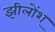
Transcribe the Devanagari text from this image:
झीलोंश्